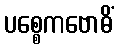
ပစ္စေကဗောဓိံ